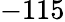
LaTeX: -115